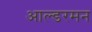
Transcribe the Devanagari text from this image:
आल्डरमन